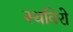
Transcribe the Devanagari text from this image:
स्थविरो